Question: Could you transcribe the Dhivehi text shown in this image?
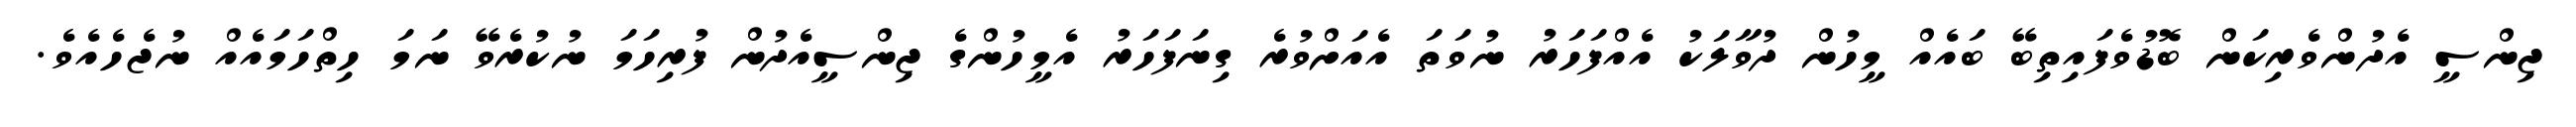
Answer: ޖިންސީ އެދުންވެރިކަން ބޮޑުވެފައިތިބޭ ބައެއް މީހުން ދުވާލަކު އެއްފަހަރު ނުވަތަ އެއަށްވުރެ ގިނަފަހަރު އެމީހުންގެ ޖިންސީއެދުން ފުރިހަމަ ނުކުރެވޭ ނަމަ ހިތްހަމައެއް ނުޖެހެއެވެ.